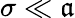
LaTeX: \sigma\ll\mathfrak{a}